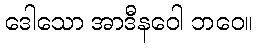
ဒေါသော အာဒီနဝေါ ဘဝေ။